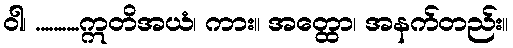
ဝါ၊ ..........ဣတိအယံ၊ ကား။ အတ္ထော၊ အနက်တည်း။